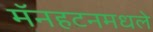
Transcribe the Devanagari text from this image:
मॅनहटनमधले